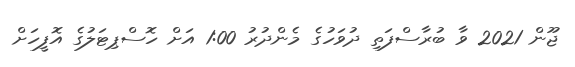
ޖޫން 2021 ވާ ބުރާސްފަތި ދުވަހުގެ މެންދުރު 1:00 އަށް ހޮސްޕިޓަލުގެ އޮފީހަށް